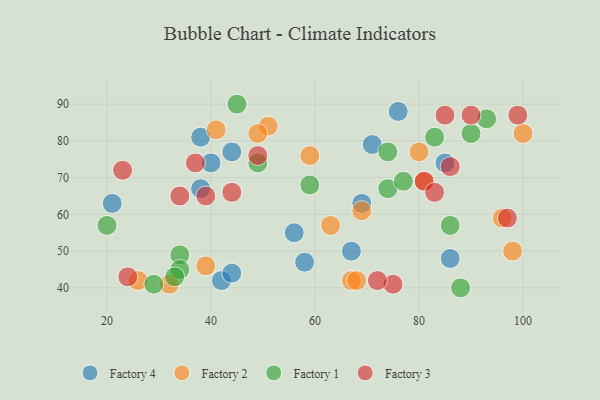
{"axis": {"x": "GDP", "y": "Life Expectancy"}, "legend": ["Factory 1", "Factory 2", "Factory 3", "Factory 4"], "data": [{"x": "38", "y": 67, "type": "Factory 4"}, {"x": "44", "y": 77, "type": "Factory 4"}, {"x": "85", "y": 74, "type": "Factory 4"}, {"x": "67", "y": 50, "type": "Factory 4"}, {"x": "56", "y": 55, "type": "Factory 4"}, {"x": "38", "y": 81, "type": "Factory 4"}, {"x": "58", "y": 47, "type": "Factory 4"}, {"x": "86", "y": 48, "type": "Factory 4"}, {"x": "21", "y": 63, "type": "Factory 4"}, {"x": "42", "y": 42, "type": "Factory 4"}, {"x": "44", "y": 44, "type": "Factory 4"}, {"x": "40", "y": 74, "type": "Factory 4"}, {"x": "69", "y": 63, "type": "Factory 4"}, {"x": "71", "y": 79, "type": "Factory 4"}, {"x": "76", "y": 88, "type": "Factory 4"}, {"x": "41", "y": 83, "type": "Factory 2"}, {"x": "32", "y": 41, "type": "Factory 2"}, {"x": "100", "y": 82, "type": "Factory 2"}, {"x": "96", "y": 59, "type": "Factory 2"}, {"x": "67", "y": 42, "type": "Factory 2"}, {"x": "80", "y": 77, "type": "Factory 2"}, {"x": "69", "y": 61, "type": "Factory 2"}, {"x": "26", "y": 42, "type": "Factory 2"}, {"x": "51", "y": 84, "type": "Factory 2"}, {"x": "63", "y": 57, "type": "Factory 2"}, {"x": "39", "y": 46, "type": "Factory 2"}, {"x": "98", "y": 50, "type": "Factory 2"}, {"x": "81", "y": 69, "type": "Factory 2"}, {"x": "49", "y": 82, "type": "Factory 2"}, {"x": "68", "y": 42, "type": "Factory 2"}, {"x": "59", "y": 76, "type": "Factory 2"}, {"x": "59", "y": 68, "type": "Factory 1"}, {"x": "20", "y": 57, "type": "Factory 1"}, {"x": "86", "y": 57, "type": "Factory 1"}, {"x": "74", "y": 77, "type": "Factory 1"}, {"x": "45", "y": 90, "type": "Factory 1"}, {"x": "74", "y": 67, "type": "Factory 1"}, {"x": "49", "y": 74, "type": "Factory 1"}, {"x": "29", "y": 41, "type": "Factory 1"}, {"x": "77", "y": 69, "type": "Factory 1"}, {"x": "90", "y": 82, "type": "Factory 1"}, {"x": "34", "y": 49, "type": "Factory 1"}, {"x": "34", "y": 45, "type": "Factory 1"}, {"x": "83", "y": 81, "type": "Factory 1"}, {"x": "93", "y": 86, "type": "Factory 1"}, {"x": "88", "y": 40, "type": "Factory 1"}, {"x": "33", "y": 43, "type": "Factory 1"}, {"x": "81", "y": 69, "type": "Factory 3"}, {"x": "37", "y": 74, "type": "Factory 3"}, {"x": "90", "y": 87, "type": "Factory 3"}, {"x": "86", "y": 73, "type": "Factory 3"}, {"x": "75", "y": 41, "type": "Factory 3"}, {"x": "97", "y": 59, "type": "Factory 3"}, {"x": "49", "y": 76, "type": "Factory 3"}, {"x": "24", "y": 43, "type": "Factory 3"}, {"x": "72", "y": 42, "type": "Factory 3"}, {"x": "39", "y": 65, "type": "Factory 3"}, {"x": "83", "y": 66, "type": "Factory 3"}, {"x": "44", "y": 66, "type": "Factory 3"}, {"x": "23", "y": 72, "type": "Factory 3"}, {"x": "34", "y": 65, "type": "Factory 3"}, {"x": "99", "y": 87, "type": "Factory 3"}, {"x": "85", "y": 87, "type": "Factory 3"}]}